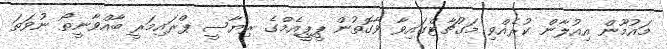
މައުމޫން އިއުލާން ކުރެއްވި މަގުޗާޓްގައިވާ ވާގޮތުން ޕީޕީއެމްގެ ރިޔާސީ ޕްރައިމަރީ ބާއްވާނީތޯ ނުވަތަ